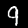
Label: 9